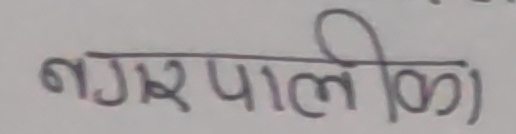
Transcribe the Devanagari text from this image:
नगरपालिका